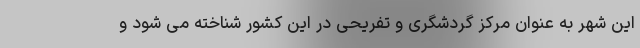
اين شهر به عنوان مركز گردشگری و تفريحی در این کشور شناخته می شود و